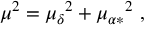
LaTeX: \mu ^ { 2 } = { \mu _ { \delta } } ^ { 2 } + { \mu _ { \alpha \ast } } ^ { 2 } \ ,